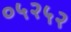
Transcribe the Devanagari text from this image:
०५२५२